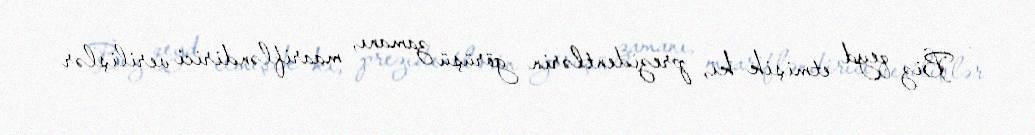
- Biz qeyd etmişik ki, prezidentlərin görüşü zamanı, maarifləndirici verilişlər